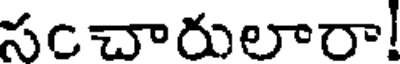
సంచారులారా!